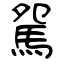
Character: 駌